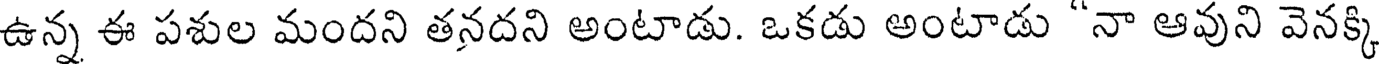
ఉన్న ఈ పశుల మందని తనదని అంటాడు. ఒకడు అంటాడు "నా ఆవుని వెనక్కి